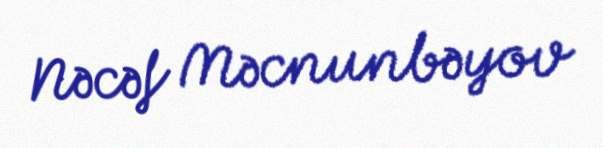
Nəcəf Məcnunbəyov